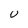
Character: U